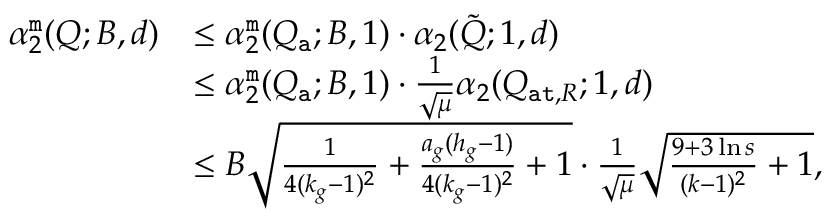
\begin{array} { r l } { \alpha _ { 2 } ^ { \tt m } ( Q ; B , d ) } & { \leq \alpha _ { 2 } ^ { \tt m } ( Q _ { \tt a } ; B , 1 ) \cdot \alpha _ { 2 } ( \tilde { Q } ; 1 , d ) } \\ & { \leq \alpha _ { 2 } ^ { \tt m } ( Q _ { \tt a } ; B , 1 ) \cdot \frac { 1 } { \sqrt { \mu } } \alpha _ { 2 } ( Q _ { { \tt a t } , R } ; 1 , d ) } \\ & { \leq B \sqrt { \frac { 1 } { 4 ( k _ { g } - 1 ) ^ { 2 } } + { \frac { a _ { g } ( h _ { g } - 1 ) } { 4 ( k _ { g } - 1 ) ^ { 2 } } } + 1 } \cdot \frac { 1 } { \sqrt { \mu } } \sqrt { \frac { 9 + 3 \ln s } { ( k - 1 ) ^ { 2 } } + 1 } , } \end{array}